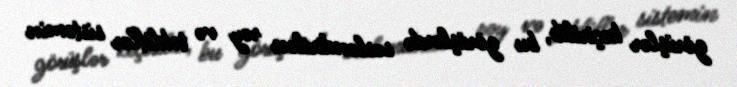
görüşlər keçirilib, bu görüşlərdə səsləndirilən rəy və təkliflər sistemin